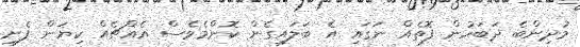
މުދިންބެ ދަބަހުން ފޮތެއް ނަގައި އެ ބަލައިގެން ކޮންމެވެސް އެއްޗެއް ކިޔަން ފެށި